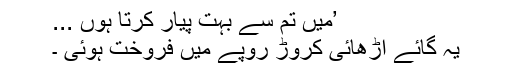
’میں تم سے بہت پیار کرتا ہوں ...
یہ گائے اڑھائی کروڑ روپے میں فروخت ہوئی ۔